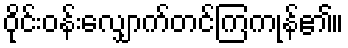
ဝိုင်းဝန်းလျှောက်တင်ကြကုန်၏။